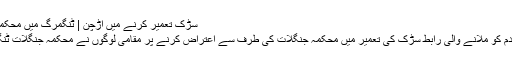
سڑک تعمیر کرنے میں اڑچن | ٹنگمرگ میں محکمہ جنگلات کے خلاف احتجاج
ٹنگمرگ// کہچی پورہ اور مادم کو ملانے والی رابط سڑک کی تعمیر میں محکمہ جنگلات کی طرف سے اعتراض کرنے پر مقامی لوگوں نے محکمہ جنگلات ٹنگمرگ کے خلاف احتجاج کیا۔